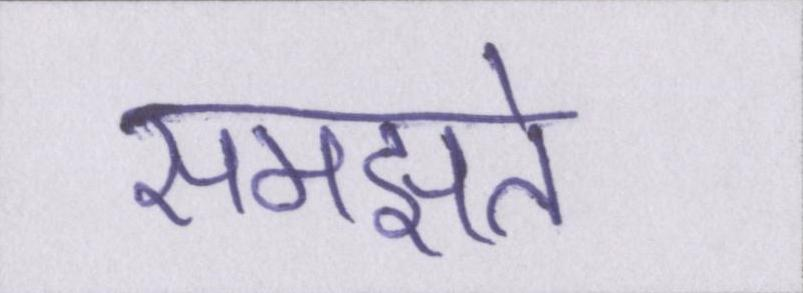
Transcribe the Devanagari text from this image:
समझते